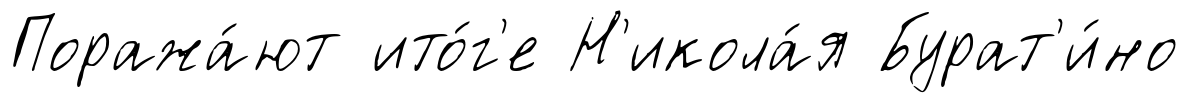
Поража́ют ито́г'е Н'икола́я Бурат'и́но